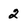
Character: 2